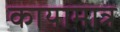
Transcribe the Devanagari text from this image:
कायामात्र